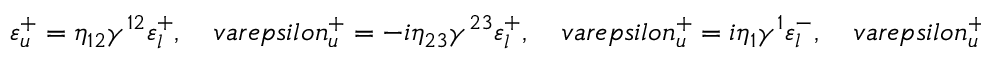
\varepsilon _ { u } ^ { + } = \eta _ { 1 2 } \gamma ^ { 1 2 } \varepsilon _ { l } ^ { + } , \ \ \ \ \, v a r e p s i l o n _ { u } ^ { + } = - i \eta _ { 2 3 } \gamma ^ { 2 3 } \varepsilon _ { l } ^ { + } , \ \ \ \ \, v a r e p s i l o n _ { u } ^ { + } = i \eta _ { 1 } \gamma ^ { 1 } \varepsilon _ { l } ^ { - } , \ \ \ \ \, v a r e p s i l o n _ { u } ^ { + } = - \eta _ { 3 } \gamma ^ { 3 } \varepsilon _ { l } ^ { - }